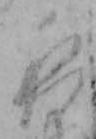
夜